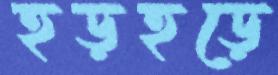
হড়হড়ে